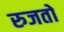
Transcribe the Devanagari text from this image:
रुजतो